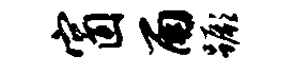
窗雨蹶